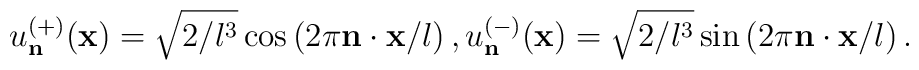
u_{\bf n}^{(+)} ({\bf x})= \sqrt{2/l^3} \cos\left(2\pi {\bf n}\cdot {\bf x} / l\right),u_{\bf n}^{(-)} ({\bf x})= \sqrt{2/l^3} \sin\left(2\pi {\bf n}\cdot {\bf x} / l\right).